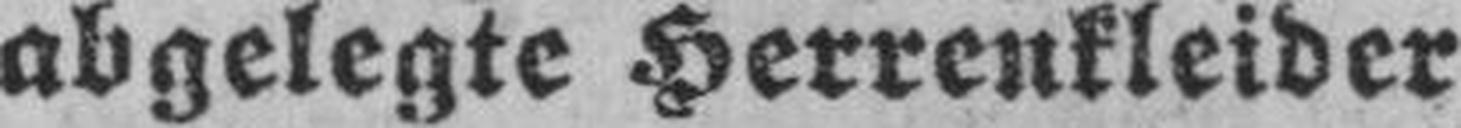
abgelegte Herrenkleider